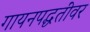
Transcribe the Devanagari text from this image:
गायनपद्धतींवर